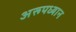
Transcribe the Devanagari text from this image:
अरूपध्यान